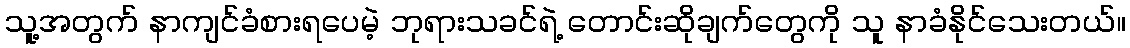
သူ့အတွက် နာကျင်ခံစားရပေမဲ့ ဘုရားသခင်ရဲ့ တောင်းဆိုချက်တွေကို သူ နာခံနိုင်သေးတယ်။